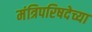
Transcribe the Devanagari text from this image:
मंत्रिपरिषदेच्या